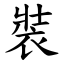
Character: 裝